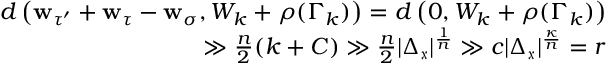
\begin{array} { r } { d \left( \mathbf { w } _ { \tau ^ { \prime } } + \mathbf { w } _ { \tau } - \mathbf { w } _ { \sigma } , W _ { k } + \rho ( \Gamma _ { k } ) \right) = d \left( 0 , W _ { k } + \rho ( \Gamma _ { k } ) \right) } \\ { \gg \frac { n } { 2 } ( k + C ) \gg \frac { n } { 2 } \vert \Delta _ { \mathfrak { x } } \vert ^ { \frac { 1 } { n } } \gg c \vert \Delta _ { \mathfrak { x } } \vert ^ { \frac { \kappa } { n } } = r } \end{array}